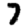
Digit: 7